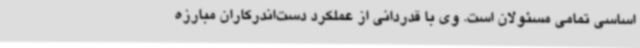
اساسی تمامی مسئولان است. وی با قدردانی از عملکرد دست‌اندرکاران مبارزه